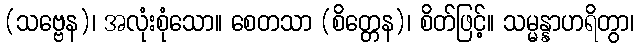
(သဗ္ဗေန)၊ အလုံးစုံသော။ စေတသာ (စိတ္တေန)၊ စိတ်ဖြင့်။ သမ္မန္နာဟရိတွာ၊